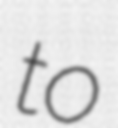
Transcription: to